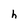
Character: h